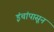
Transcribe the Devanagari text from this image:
इंचांपासून